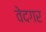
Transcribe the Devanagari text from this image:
वेदगर